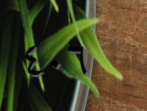
٤٠٦